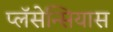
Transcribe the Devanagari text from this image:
प्लॅसेन्सियास